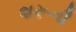
શરૂની